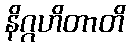
နိဂ္ဂဟိတာတိ